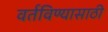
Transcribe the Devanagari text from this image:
वर्तविण्यासाठी